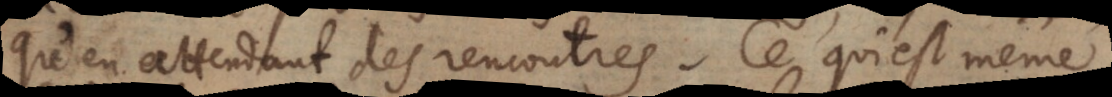
qu’en attendant des rencontres. Ce qui est même